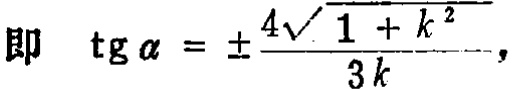
即 \(\mathrm{tg}\alpha = \pm\frac{4\sqrt{1 + k^{2}}}{3k}\)，